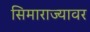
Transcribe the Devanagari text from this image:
सिमाराज्यावर